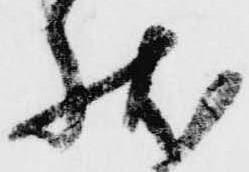
状